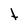
Character: t